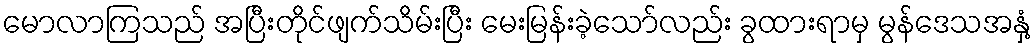
မောလာကြသည် အပြီးတိုင်ဖျက်သိမ်းပြီး မေးမြန်းခဲ့သော်လည်း ခွထားရာမှ မွန်ဒေသအနှံ့